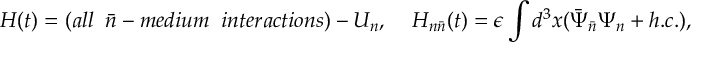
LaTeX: H ( t ) = ( a l l \; \; \bar { n } - m e d i u m \; \; i n t e r a c t i o n s ) - U _ { n } , \; \; \; \; H _ { n \bar { n } } ( t ) = \epsilon \int d ^ { 3 } x ( \bar { \Psi } _ { \bar { n } } \Psi _ { n } + h . c . ) ,